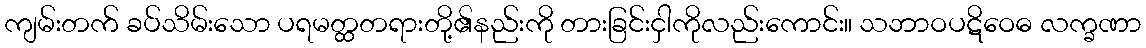
ကျမ်းတက် ခပ်သိမ်းသော ပရမတ္ထတရားတို့၏နည်းကို တားခြင်းငှါကိုလည်းကောင်း။ သဘာဝပဋိဝေဓ လက္ခဏာ